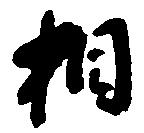
相